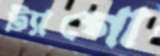
ট্যাগো